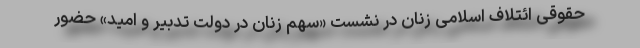
حقوقی ائتلاف اسلامی زنان در نشست «سهم زنان در دولت تدبیر و امید» حضور